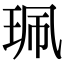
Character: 珮